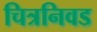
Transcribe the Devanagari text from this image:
चित्रनिवड